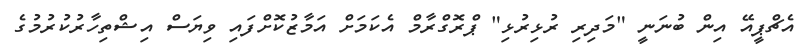
އެޗްޕީއޭ އިން ބުނަނީ "މަދިރި ރުޅިރުޅި" ޕްރޮގްރާމް އެކަމަށް އަމާޒުކޮށްފައި ވިޔަސް އިޝްތިހާރުކުރުމުގެ